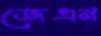
জেএন